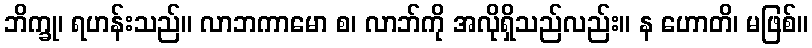
ဘိက္ခု၊ ရဟန်းသည်။ လာဘကာမော စ၊ လာဘ်ကို အလိုရှိသည်လည်း။ န ဟောတိ၊ မဖြစ်။